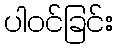
ပါဝင်ခြင်း